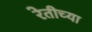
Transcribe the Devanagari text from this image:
रेतीच्या